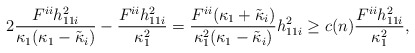
\begin{align*}2\frac{F^{ii}h_{11i}^2}{\kappa_1 (\kappa_1 -\tilde{\kappa}_i )}-\frac{ F^{ii}h_{11i}^2}{\kappa_1^2}=\frac{F^{ii} (\kappa_1 +\tilde{\kappa}_i )}{\kappa_1^2 (\kappa_1 -\tilde{\kappa}_i )}h_{11i}^2\geq c(n)\frac{ F^{ii}h_{11i}^2}{\kappa_1^2},\end{align*}